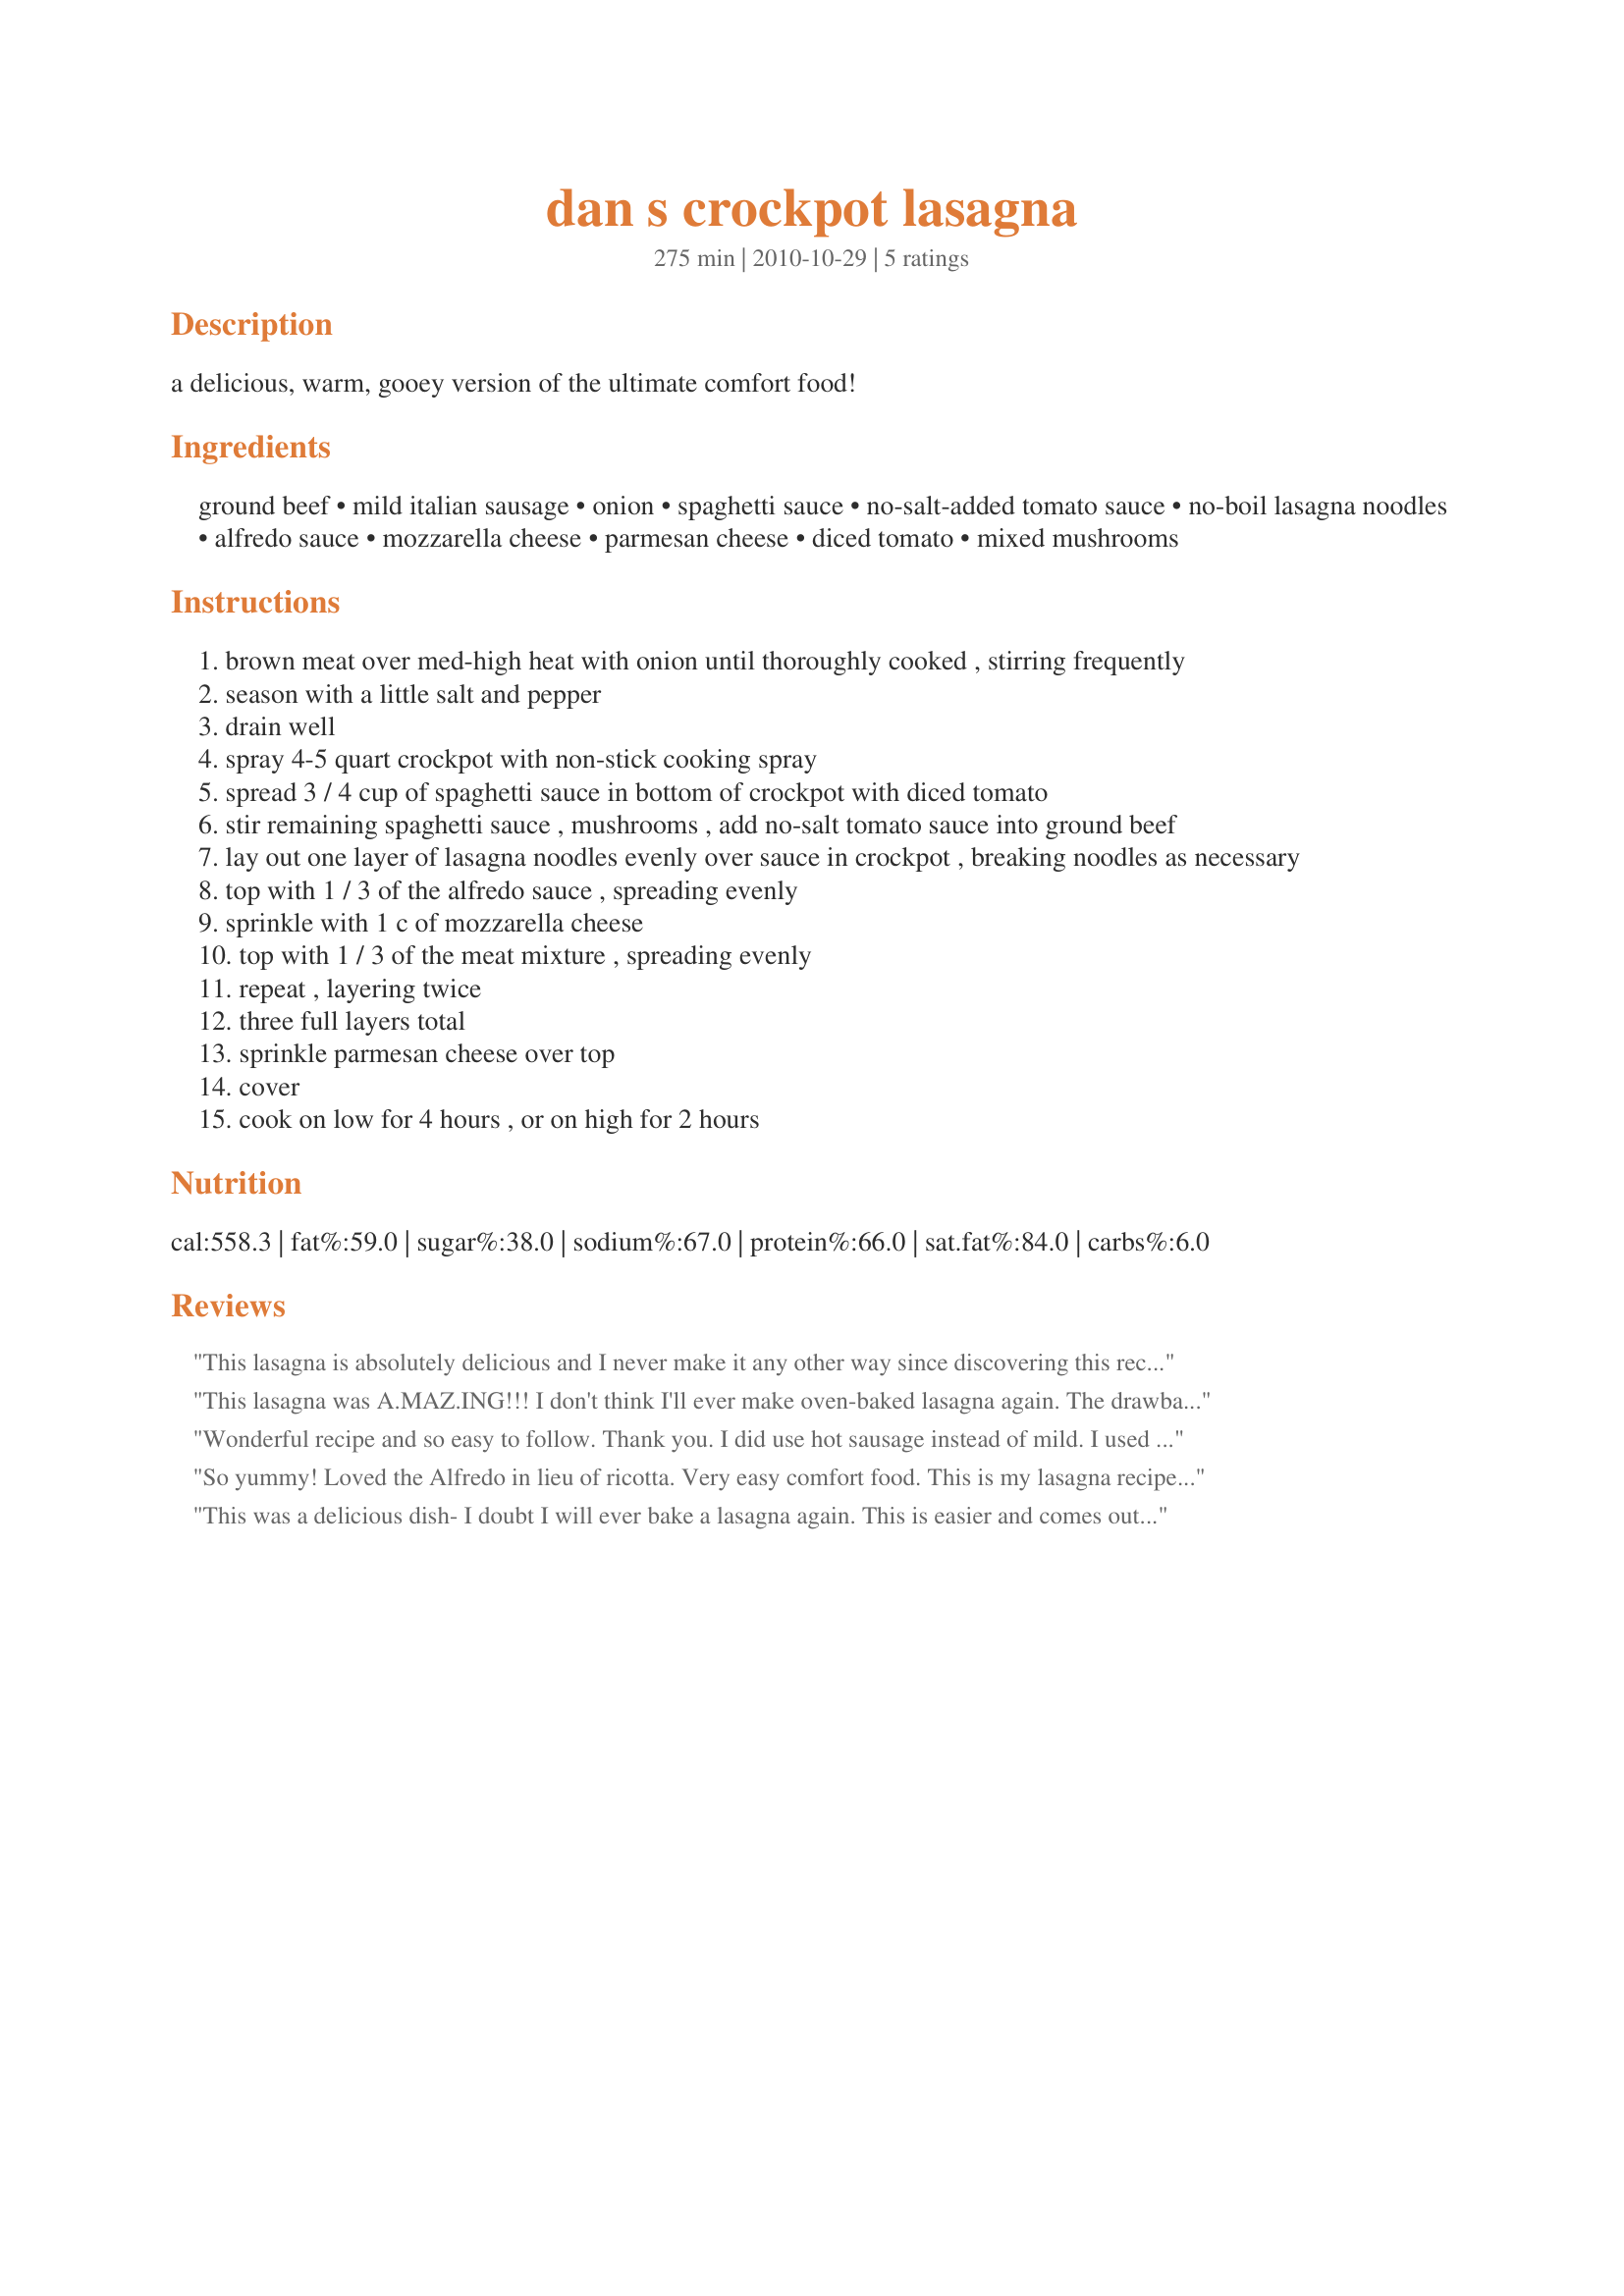
dan s crockpot lasagna
Preparation time: 275 minutes

a delicious, warm, gooey version of the ultimate comfort food!

Ingredients:
ground beef, mild italian sausage, onion, spaghetti sauce, no-salt-added tomato sauce, no-boil lasagna noodles, alfredo sauce, mozzarella cheese, parmesan cheese, diced tomato, mixed mushrooms

Steps:
brown meat over med-high heat with onion until thoroughly cooked , stirring frequently
season with a little salt and pepper
drain well
spray 4-5 quart crockpot with non-stick cooking spray
spread 3 / 4 cup of spaghetti sauce in bottom of crockpot with diced tomato
stir remaining spaghetti sauce , mushrooms , add no-salt tomato sauce into ground beef
lay out one layer of lasagna noodles evenly over sauce in crockpot , breaking noodles as necessary
top with 1 / 3 of the alfredo sauce , spreading evenly
sprinkle with 1 c of mozzarella cheese
top with 1 / 3 of the meat mixture , spreading evenly
repeat , layering twice
three full layers total
sprinkle parmesan cheese over top
cover
cook on low for 4 hours , or on high for 2 hours

Reviews:
This lasagna is absolutely delicious and I never make it any other way since discovering this recipe. Simple, easy, doesn&#039;t take long to put together and everyone in the house loves it!
This lasagna was A.MAZ.ING!!! I don't think I'll ever make oven-baked lasagna again. The drawback to crockpot cooking is bland taste. So I used hot italian sausage. Even then it wasn't too hot. I could add some crushed red pepper next time (tonight). I also used Dreamfields pasta to make it low carb.
Wonderful recipe and so easy to follow. Thank you. I did use hot sausage instead of mild. I used 1 1/2 lbs ground beef to &frac12; pound of the hot sausage. Perfect combo. Will use this often.
So yummy! Loved the Alfredo in lieu of ricotta. Very easy comfort food. This is my lasagna recipe from now on!
This was a delicious dish- I doubt I will ever bake a lasagna again. This is easier and comes out much more moist. I improvised a bit for what I had on hand- I added a can of diced tomatoes to the meat mixture and some fresh herbs from my window garden. The alfredo is a great touch and brings out the flavor of the cheese. I will be making this again. I did find I did not use more than half of the box of noodles- will use less next time.
